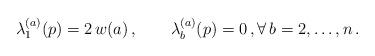
LaTeX: \begin{align*} \lambda_1^{(a)}(p)=2\,w(a)\,, \qquad\lambda_b^{(a)}(p)=0\,,\forall\,b=2,\ldots,n\,.\end{align*}